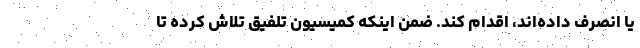
یا انصرف داده‌اند، اقدام کند. ضمن اینکه کمیسیون تلفیق تلاش کرده تا